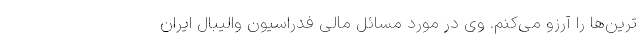
ترین‌ها را آرزو می‌کنم. وی در مورد مسائل مالی فدراسیون والیبال ایران